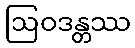
ဩဝဒန္တဿ